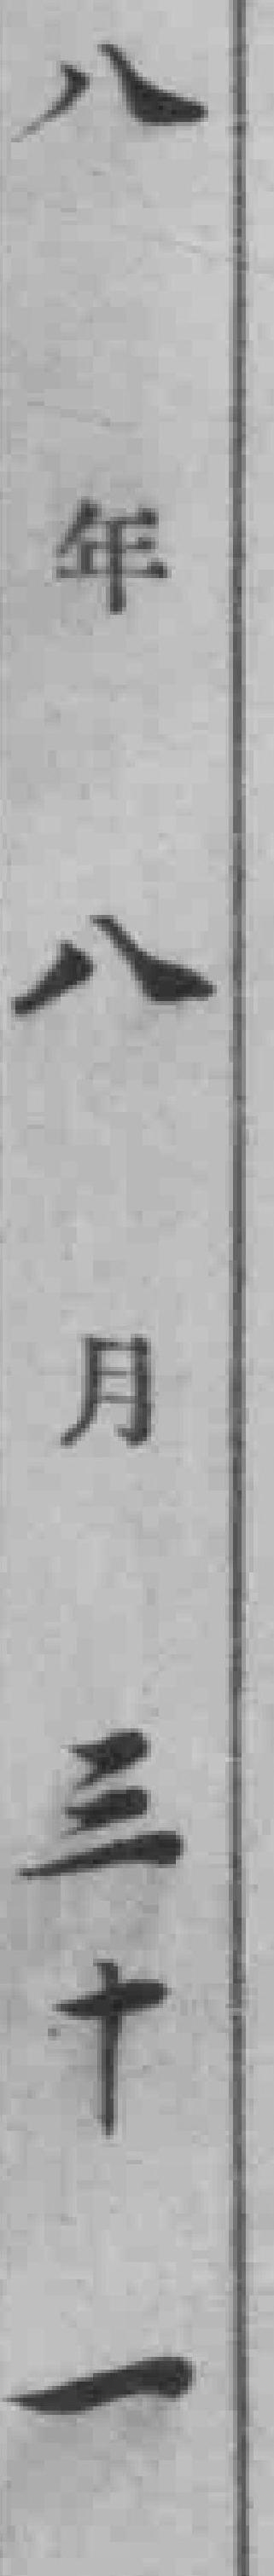
八年八月三十一